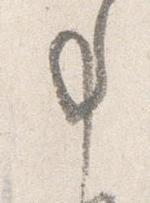
事